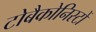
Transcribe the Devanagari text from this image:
टोबैकोनिस्टों